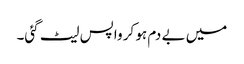
میں بے دم ہو کر واپس لیٹ گئی۔